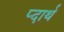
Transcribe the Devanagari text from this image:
प्दार्थ